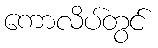
ကောလိပ်တွင်